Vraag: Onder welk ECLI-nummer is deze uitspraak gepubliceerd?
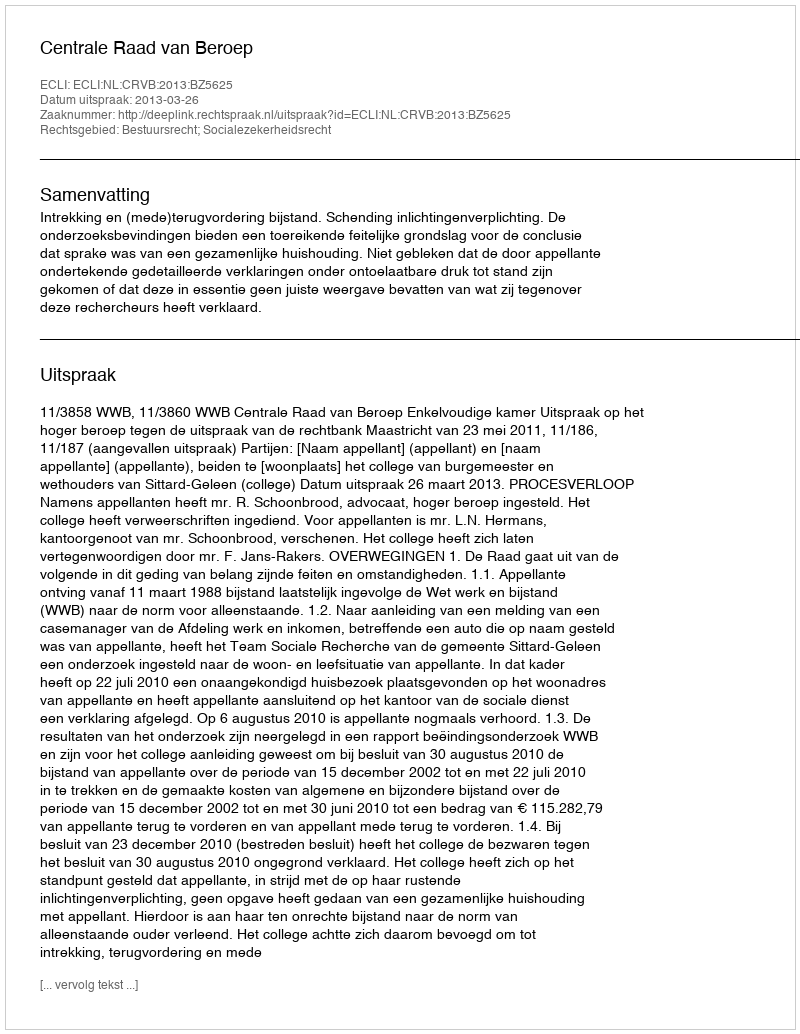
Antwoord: ECLI:NL:CRVB:2013:BZ5625